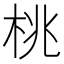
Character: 桃